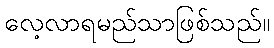
လေ့လာရမည်သာဖြစ်သည်။